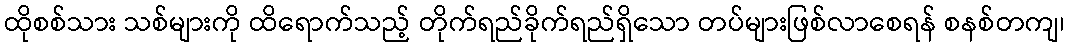
ထိုစစ်သား သစ်များကို ထိရောက်သည့် တိုက်ရည်ခိုက်ရည်ရှိသော တပ်များဖြစ်လာစေရန် စနစ်တကျ၊